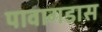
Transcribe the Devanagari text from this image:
पावागडास